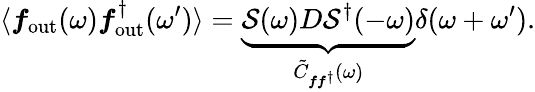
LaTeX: \langle\boldsymbol{f}_{\mathrm{out}}(\omega)\boldsymbol{f}_{\mathrm{out}}^{\dagger}(\omega^{\prime})\rangle=\underbrace{\mathcal{S}(\omega)D\mathcal{S}^{\dagger}(-\omega)}_{\tilde{C}_{\boldsymbol{f}\boldsymbol{f}^{\dagger}}(\omega)}\delta(\omega+\omega^{\prime}).